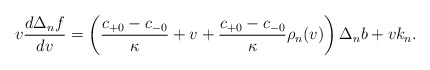
\begin{align*} v\frac{d\Delta_nf}{dv}=\left(\frac{c_{+0}-c_{-0}}{\kappa}+v+\frac{c_{+0}-c_{-0}}{\kappa}\rho_n(v)\right)\Delta_nb+vk_n.\end{align*}